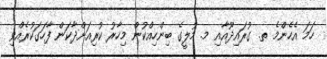
ހަމަ އެހެންމެ ތ. ގުރައިދޫއާއި މ. މުލީގެ ބިންހިއްކުން މިހާރު ކުރިއަށްދާކަން ފާހަގަކުރެއްވި